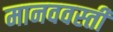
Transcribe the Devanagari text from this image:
मानववस्ती